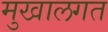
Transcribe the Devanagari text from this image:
मुखालगत